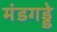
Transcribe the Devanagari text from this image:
मंडगड्डे